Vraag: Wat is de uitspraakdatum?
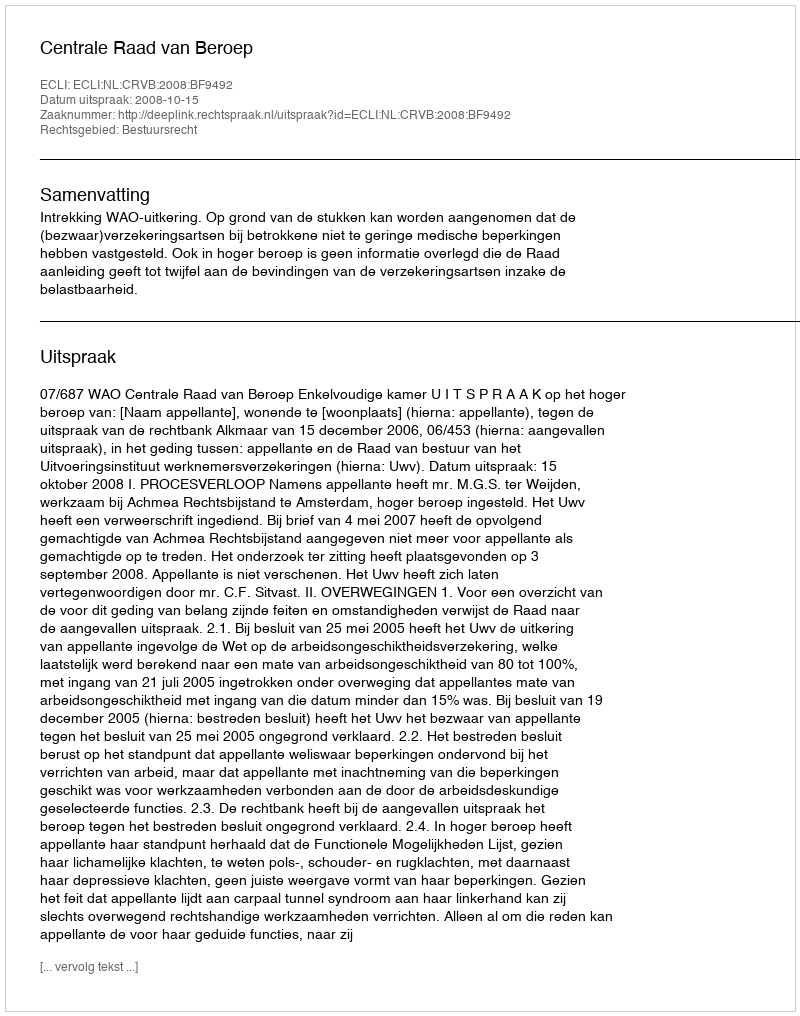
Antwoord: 2008-10-15